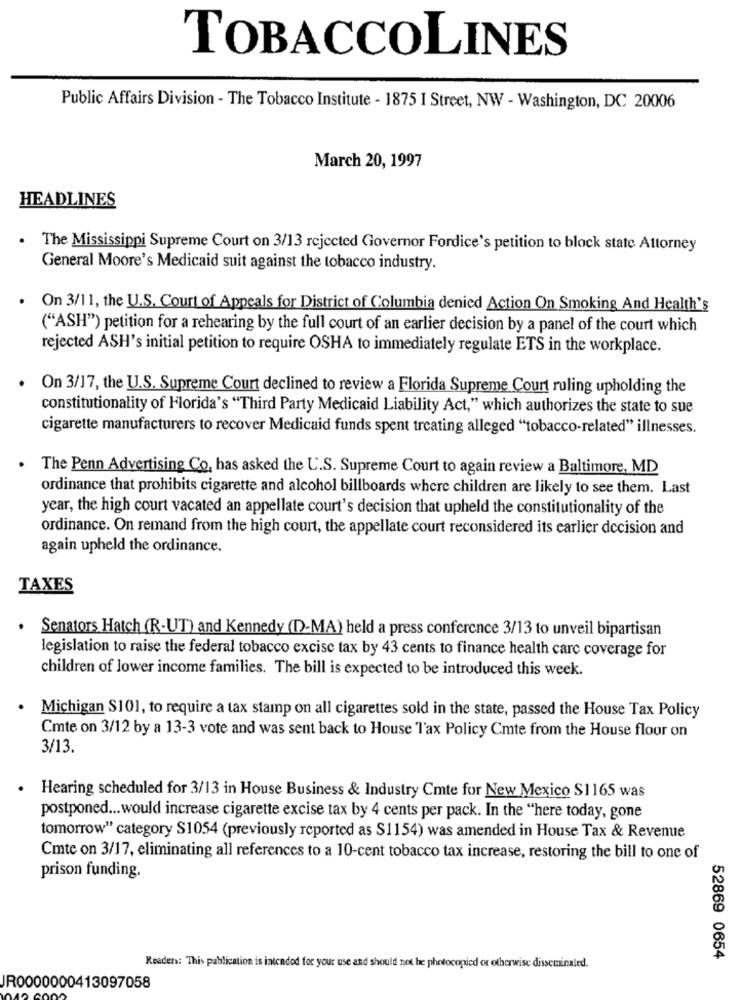
TOBACCOLINES
Public Affairs Division - The Tobacco Institute - 1875 I Street, NW - Washington, DC 20006
March 20, 1997
HEADLINES
The Mississippi Supreme Court on 3/13 rejected Governor Fordice's petition to block state Attorney
General Moore's Medicaid suit against the tobacco industry.
On 3/11, the U.S. Court of Appeals for District of Columbia denied Action On Smoking And Health's
("ASH") petition for a rehearing by the full court of an earlier decision by a panel of the court which
rejected ASH's initial petition to require OSHA to immediately regulate ETS in the workplace.
On 3/17, the U.S. Supreme Court declined to review a Florida Supreme Court ruling upholding the
constitutionality of Florida's "Third Party Medicaid Liability Act," which authorizes the state to sue
cigarette manufacturers to recover Medicaid funds spent treating alleged "tobacco-related" illnesses.
. The Penn Advertising Co. has asked the U.S. Supreme Court to again review a Baltimore, MD
ordinance that prohibits cigarette and alcohol billboards where children are likely to see them. Last
year, the high court vacated an appellate court's decision that upheld the constitutionality of the
ordinance. On remand from the high court, the appellate court reconsidered its earlier decision and
again upheld the ordinance.
TAXES
Senators Hatch (R-UT) and Kennedy (D-MA) held a press conference 3/13 to unveil bipartisan
legislation to raise the federal tobacco excise tax by 43 cents to finance health care coverage for
children of lower income families. The bill is expected to be introduced this week.
· Michigan S101, to require a tax stamp on all cigarettes sold in the state, passed the House Tax Policy
Cmte on 3/12 by a 13-3 vote and was sent back to House Tax Policy Cmte from the House floor on
3/13.
Hearing scheduled for 3/13 in House Business & Industry Cmte for New Mexico S1165 was
postponed ... would increase cigarette excise tax by 4 cents per pack. In the "here today, gone
tomorrow" category S1054 (previously reported as S1154) was amended in House Tax & Revenue
Cmte on 3/17, eliminating all references to a 10-cent tobacco tax increase, restoring the bill to one of
prison funding.
52869 0654
Readers: This publication is intended for your use and should not he photocopied or otherwise disseminaled.
JR0000000413097058